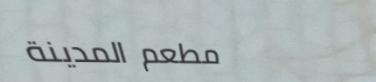
مطعم المدينة